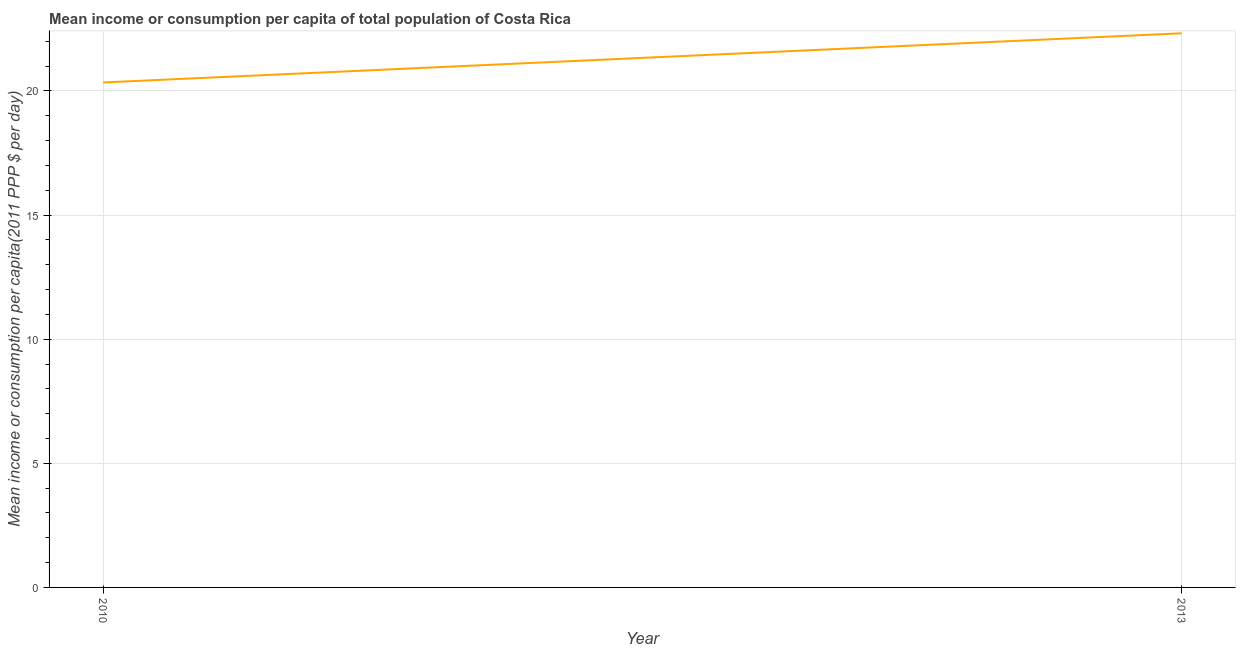
| Year | Total population |
 | --- | --- |
 | 2010 | 20.3 |
 | 2013 | 22.3 |